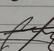
Signature authenticity: genuine